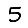
Digit: 5